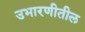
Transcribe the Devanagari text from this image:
उभारणीतील